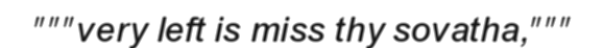
"""very left is miss thy sovatha,"""